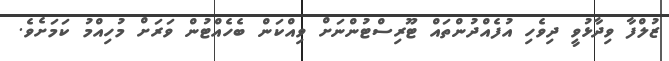
ޒުލްފާ ވިދާޅުވީ ދިވެހި އުފެއްދުންތައް ޓޫރިސްޓުންނަށް ވިއްކަން ބެހެއްޓުން ވަރަށް މުހިއްމު ކަމަށެވެ.